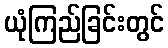
ယုံကြည်ခြင်းတွင်